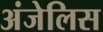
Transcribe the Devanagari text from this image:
अंजेलिस